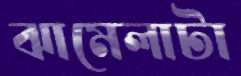
ঝামেলাটা